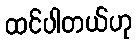
ထင်ပါတယ်ဟု